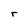
Character: r